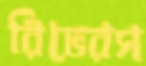
রিভেরস